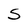
Character: S